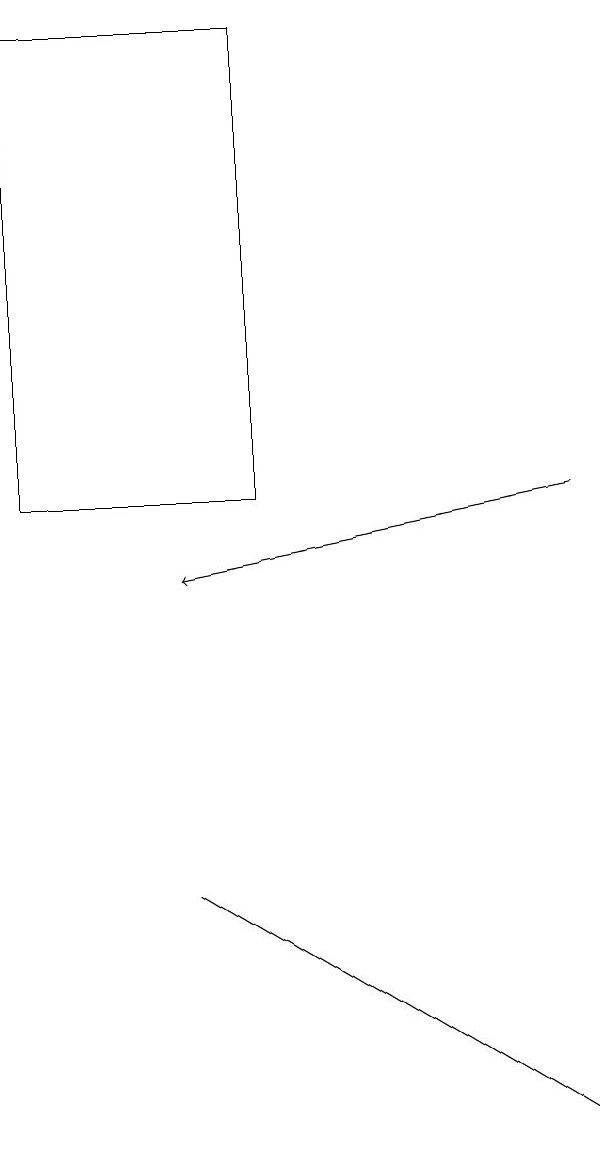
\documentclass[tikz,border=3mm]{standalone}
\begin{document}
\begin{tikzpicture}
\draw (4,19) rectangle (1,13);
\draw (8,5) -- (8,5) -- (3,8) -- cycle;
\draw[->] (8,13) -- (3,12);
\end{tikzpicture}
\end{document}